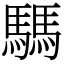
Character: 騳